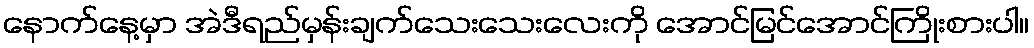
နောက်နေ့မှာ အဲဒီရည်မှန်းချက်သေးသေးလေးကို အောင်မြင်အောင်ကြိုးစားပါ။